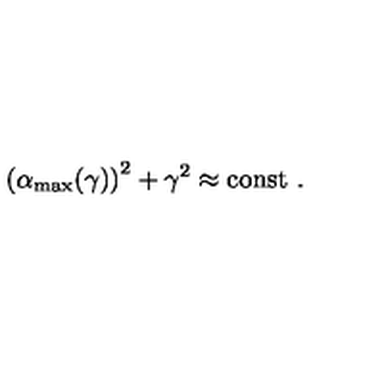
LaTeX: \left( \alpha _ { \mathrm { m a x } } ( \gamma ) \right) ^ { 2 } + \gamma ^ { 2 } \approx \mathrm { c o n s t \ . }